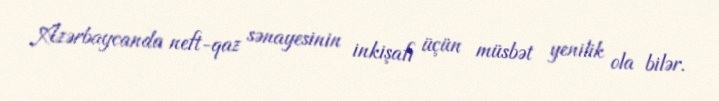
Azərbaycanda neft-qaz sənayesinin inkişafı üçün müsbət yenilik ola bilər.